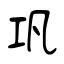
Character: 巩